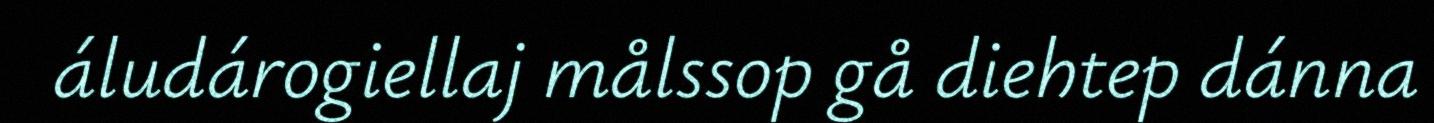
áludárogiellaj målssop gå diehtep dánna